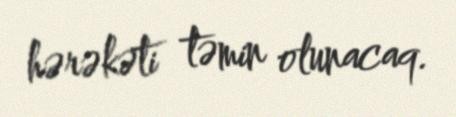
hərəkəti təmin olunacaq.